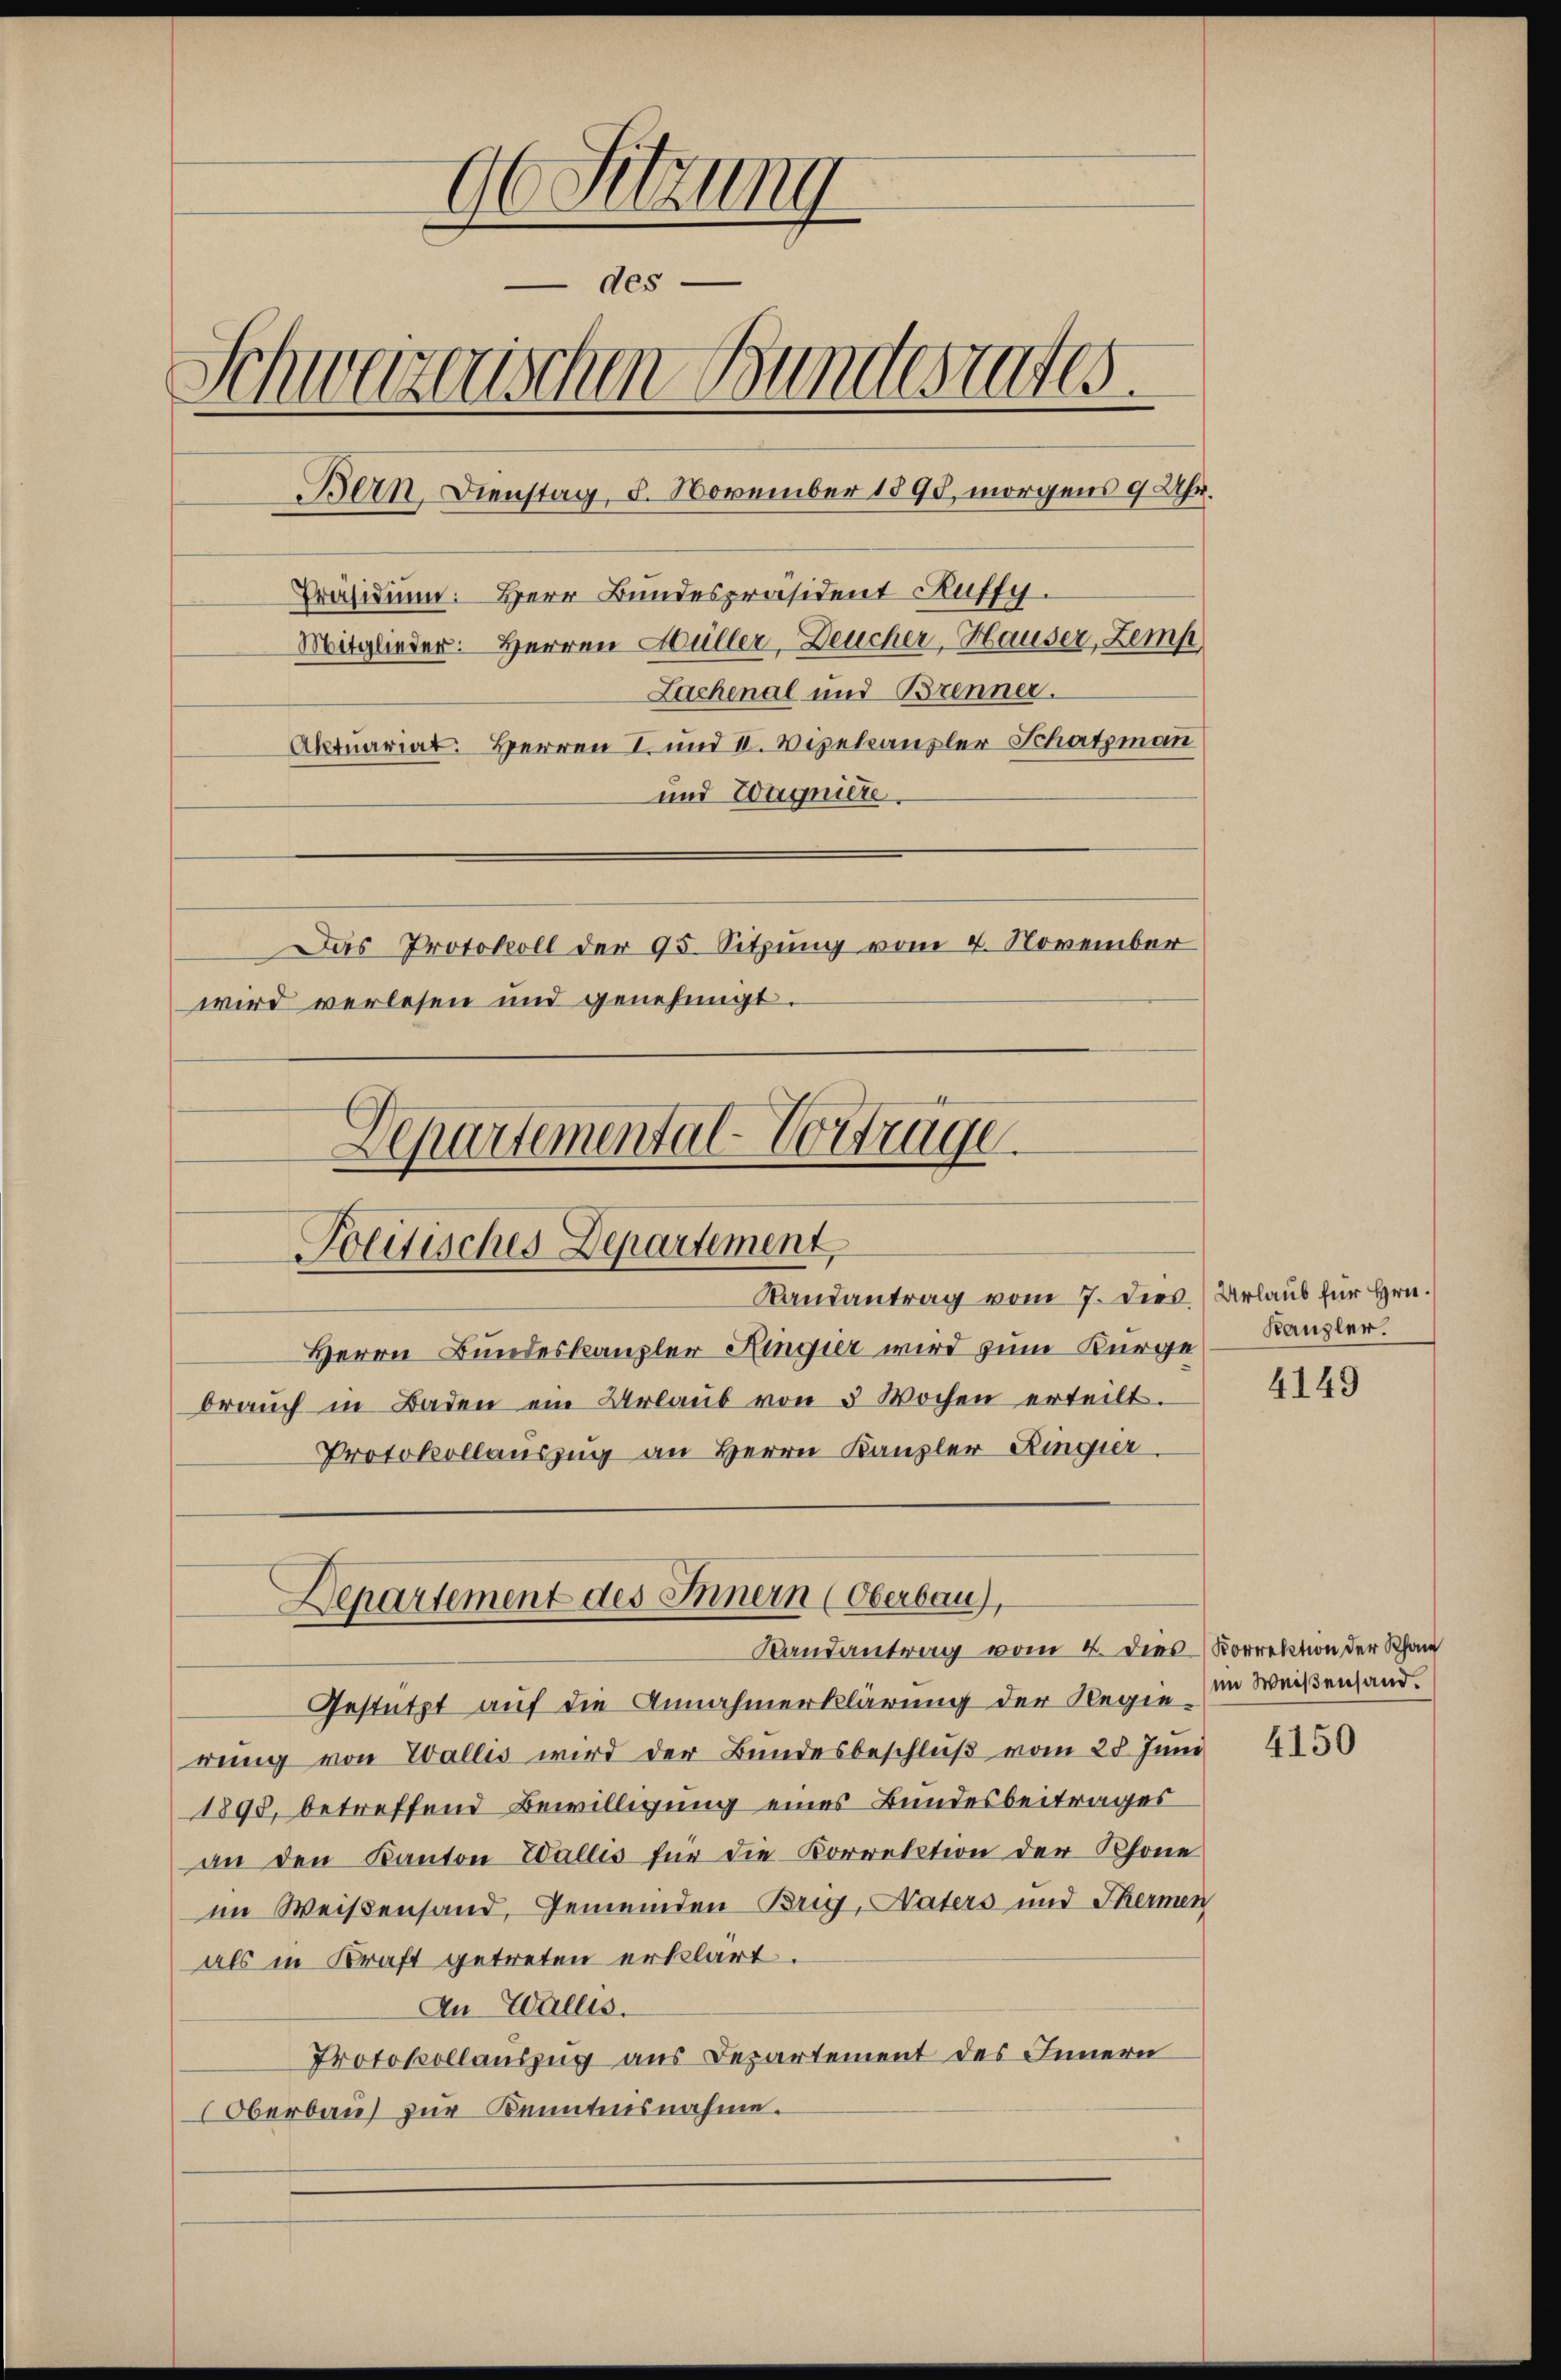
96 Sitzung
des
Schwazwischen Bundesrates.
Bern Dienstag, 8. November 1895, morgens 9 Uhr.
Präsidium. Herr Bundespräsident Kuffy.
Mitglieder. Herren Hüller, Deucher-Hauser, Zemp
Lachenal und Brenner.
Aktuariat. Herren I. und II. Vizekanzler Schatzman
und Eoagniere.
Das Protokoll der 95. Sitzung vom 4. November
wird verlesen und genehmigt.
Departemental-Vortrage
Politisches Departement
Randantrag vom 7. dies. (Urlaub für Hrn.
Herrn Bundeskanzler Kingier wird zum Kurge Kanzler.
braŭch in Baden ein Urlaŭb von 3 Wochen erteilt.
Protokollaŭszŭg an Herrn Kanzler Ringier

Departement des Innern (Oberbau),
Landantrag vom 4. dies Korrektion der Kan

Gestützt auf die Annahmerklärung der Regierung von Wallis wird der Bundesbeschluß vom 28 Juni
1895, betreffend Bewilligung eines Bundesbeitrages
an den Kanton Wallis für die Korrektion der Schöne
im Weißensand, Gemeinden Brig, Naters und Thermen
als in Kraft getreten erklärt.
In Wallis.
Protokollauszug aus Departement des Innern
Oberbau zur Kenntnisnahme.

4149

im Weißensand.

4150